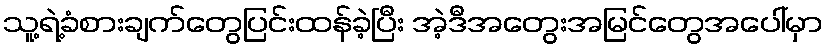
သူ့ရဲ့ခံစားချက်တွေပြင်းထန်ခဲ့ပြီး အဲ့ဒီအတွေးအမြင်တွေအပေါ်မှာ